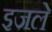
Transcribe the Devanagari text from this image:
इजले